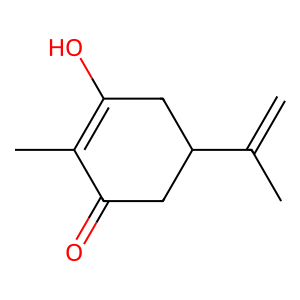
SMILES: C=C(C)C1CC(=O)C(C)=C(O)C1
Inhibits HIV replication: No